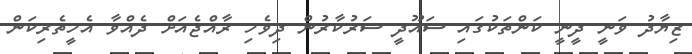
ޒިޔާދު ވަނީ ދީނީ ކަންތަކުގައި ސައޫދީ ސަރުކާރުން ދިވެހި ރާއްޖެއަށް ދެއްވާ އެހީތެރިކަން